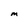
Character: M